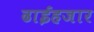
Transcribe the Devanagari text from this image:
ढाईहजार